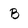
Character: B